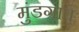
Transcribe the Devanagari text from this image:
मुंडगाव